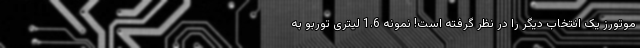
موتورز یک انتخاب دیگر را در نظر گرفته است! نمونه 1.6 لیتری توربو به